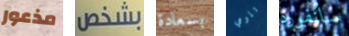
مذعور بشخص بسعادة تلومي سانفورد